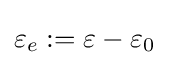
\mathbf {\varepsilon } _{e}:=\mathbf {\varepsilon } -\mathbf {\varepsilon } _{0}